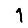
Digit: 1